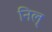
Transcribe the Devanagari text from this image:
निल्